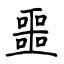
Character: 噩